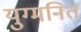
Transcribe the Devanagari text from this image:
युग्‍मनित